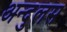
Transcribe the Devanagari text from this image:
अन्दुलस